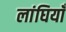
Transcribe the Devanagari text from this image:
लांघियाँ